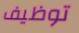
توظيف